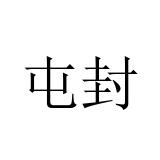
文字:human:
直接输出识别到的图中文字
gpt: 屯封